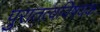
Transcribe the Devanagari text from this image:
पुरातत्वविषयक